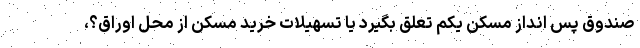
صندوق پس انداز مسکن یکم تعلق بگیرد یا تسهیلات خرید مسکن از محل اوراق؟،